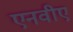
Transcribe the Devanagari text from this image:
एनवीए